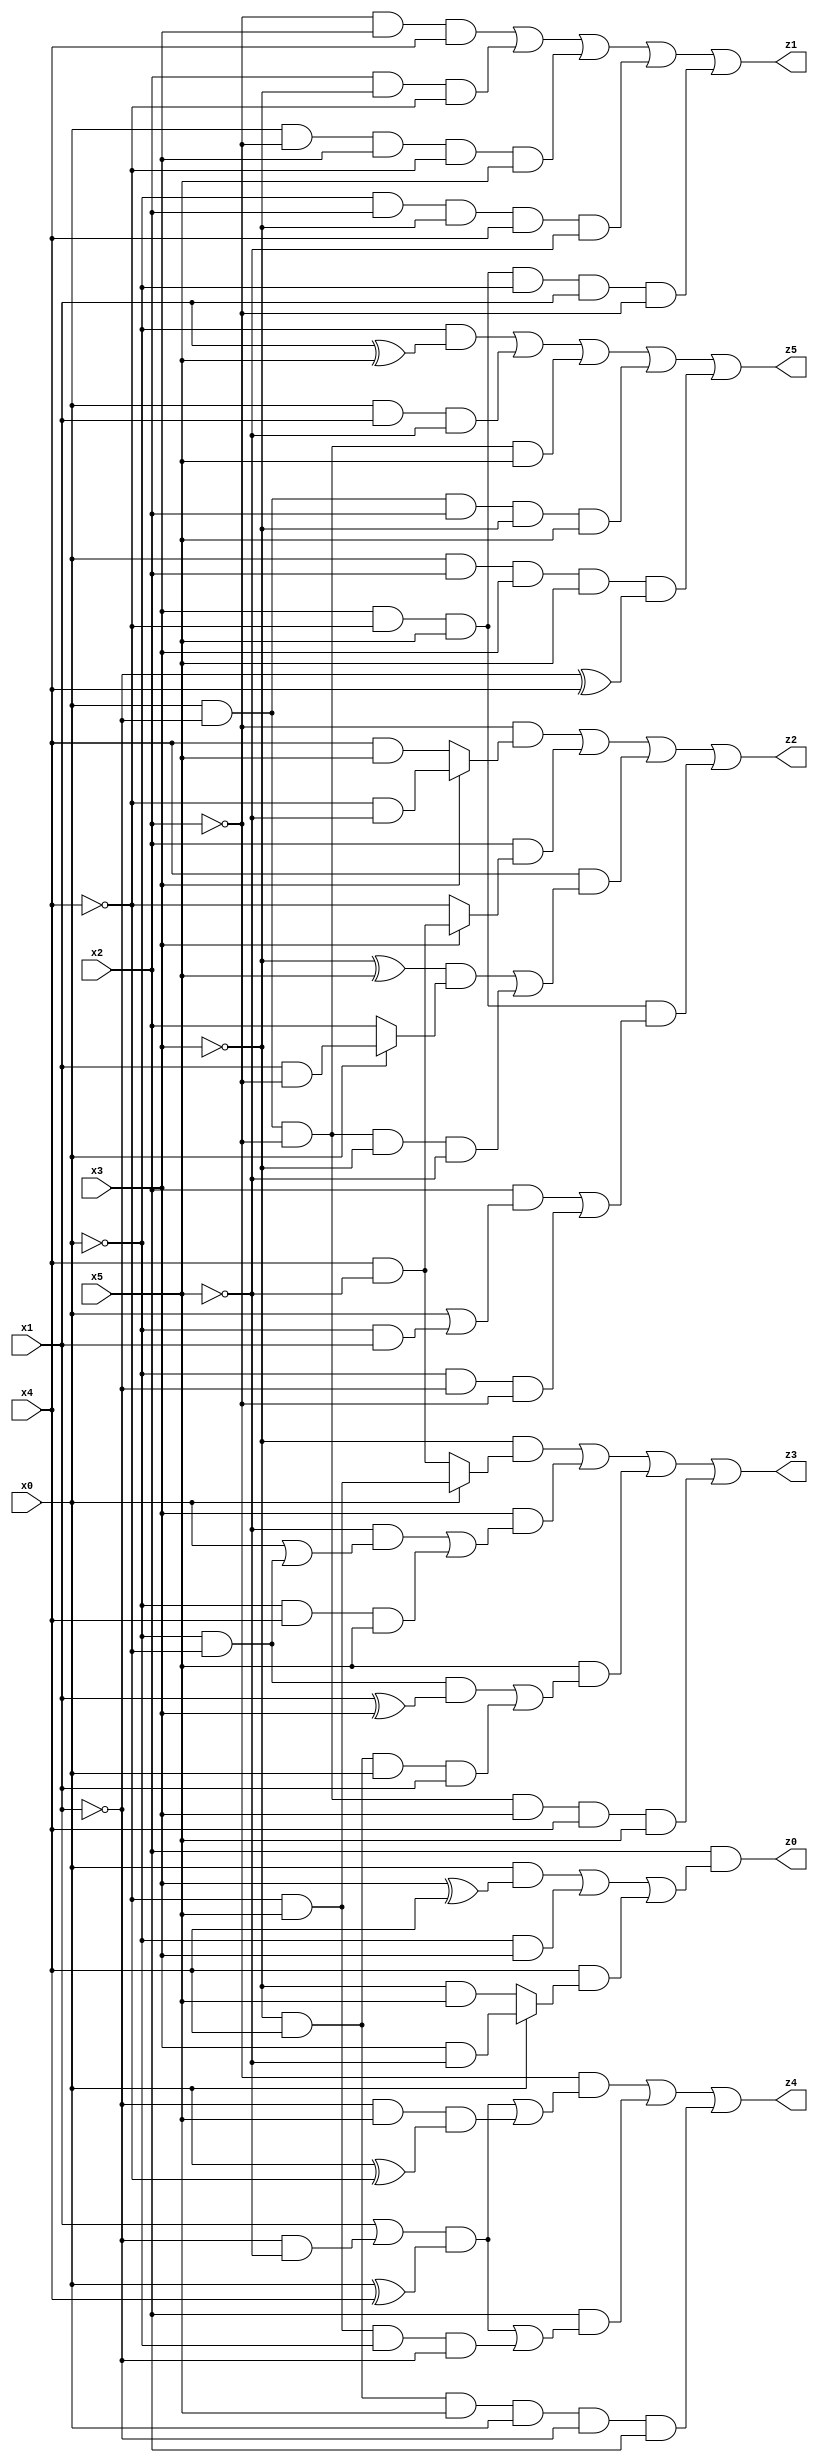
// Benchmark "X_31" written by ABC on Thu Jun 29 03:17:11 2023

module X_31 ( 
    x0, x1, x2, x3, x4, x5,
    z0, z1, z2, z3, z4, z5  );
  input  x0, x1, x2, x3, x4, x5;
  output z0, z1, z2, z3, z4, z5;
  assign z0 = x2 & ((x0 & (x3 ^ x4)) | (~x0 & x3) | (x4 & (x0 ? (x3 & ~x5) : (~x3 & x5))));
  assign z1 = (~x2 & x3 & x4) | (x2 & ~x3 & ~x4) | (x0 & ~x2 & x3 & ~x4 & x5) | (~x0 & x2 & ~x3 & x4 & ~x5) | (x3 & ~x4 & x5 & ~x0 & x1 & ~x2);
  assign z2 = (~x2 & (x3 ? (~x4 & ~x5) : (x4 & x5))) | (x2 & (x3 ? (x4 & ~x5) : ~x4)) | (x4 & (((~x3 ^ x5) & (x0 ? (x1 & ~x2) : x2)) | (x0 & ~x1 & ~x2 & ~x3 & ~x5))) | (x3 & ~x4 & x5 & ((x2 & (x0 | (~x0 & x1))) | (~x0 & ~x1 & ~x2)));
  assign z3 = (~x3 & (x0 ? (~x4 & x5) : (x4 & ~x5))) | (x3 & ((~x5 & (x0 | (~x0 & ~x4))) | (~x0 & x4 & x5))) | (x5 & ((~x0 & ~x4 & (x1 ^ x3)) | (~x3 & x4 & x0 & x1))) | (x0 & ~x1 & ~x2 & x3 & x4 & x5);
  assign z4 = (~x2 & (((x1 | (~x1 & ~x5)) & (x0 ^ x4)) | (~x1 & x5 & (x0 ^ ~x4)))) | (x2 & (((x1 | (~x1 & ~x5)) & (x0 ^ x4)) | (~x4 & x5 & ~x0 & ~x1))) | (~x3 & x4 & x5 & x0 & ~x1 & x2);
  assign z5 = (~x0 & (x1 ^ x5)) | (x0 & x1 & ~x5) | (x0 & ~x1 & ~x2 & x5) | (x0 & ~x1 & x2 & ~x3 & x5) | (x0 & x2 & x3 & x5 & (~x1 ^ x4));
endmodule